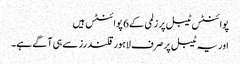
پوائنٹس ٹیبل پر زلمی کے 6 پوائنٹس ہیں
اور یہ ٹیبل پر صرف لاہور قلندرز سے ہی آگے ہے۔